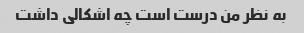
به نظر من درست است چه اشکالی داشت